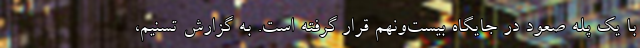
با یک پله صعود در جایگاه بیست‌و‌نهم قرار گرفته است. به گزارش تسنیم،